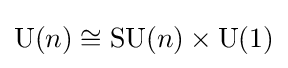
\operatorname {U} (n)\cong \operatorname {SU} (n)\times \operatorname {U} (1)